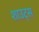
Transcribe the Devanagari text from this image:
शाउट्स